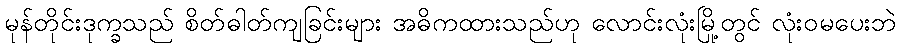
မုန်တိုင်းဒုက္ခသည် စိတ်ဓါတ်ကျခြင်းများ အဓိကထားသည်ဟု လောင်းလုံးမြို့တွင် လုံးဝမပေးဘဲ